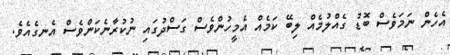
އެހެން ނަމަވެސް ބޮޑު ގެއްލުމެއް ލިބޭ ކަމެއް އެމީހުންވެސް ގަސްދުގައި ނުކުރާނެކަންވެސް އެނގެއެވެ.